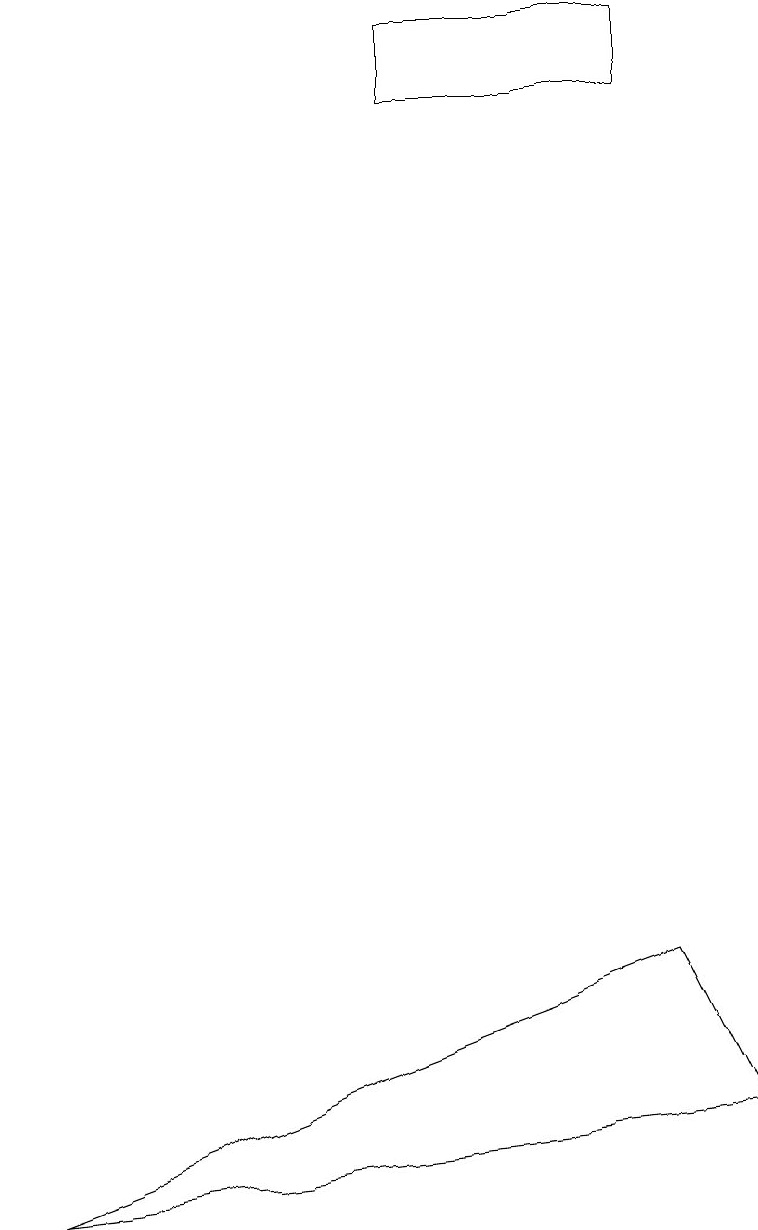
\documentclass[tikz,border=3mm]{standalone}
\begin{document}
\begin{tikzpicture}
\draw (0,15) rectangle (0,15);
\draw (8,19) rectangle (5,18);
\draw (9,5) -- (8,7) -- (0,4) -- cycle;
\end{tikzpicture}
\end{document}